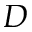
{ \cal D }